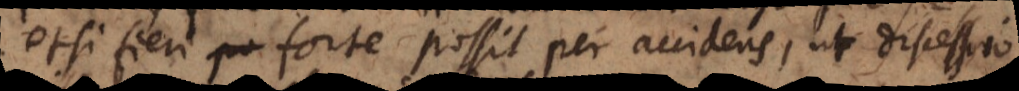
etsi fieri forte possit per accidens, ut discessio